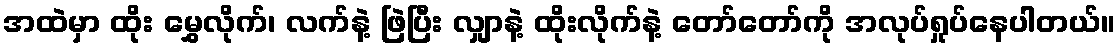
အထဲမှာ ထိုး မွှေလိုက်၊ လက်နဲ့ ဖြဲပြီး လျှာနဲ့ ထိုးလိုက်နဲ့ တော်တော်ကို အလုပ်ရှုပ်နေပါတယ်။